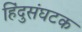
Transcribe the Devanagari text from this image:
हिंदुसंघटक